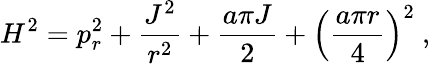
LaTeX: H^{2}=p_{r}^{2}+{\frac{J^{2}}{r^{2}}}+{\frac{a\pi J}{2}}+\left({\frac{a\pi r}{4}}\right)^{2}\ ,